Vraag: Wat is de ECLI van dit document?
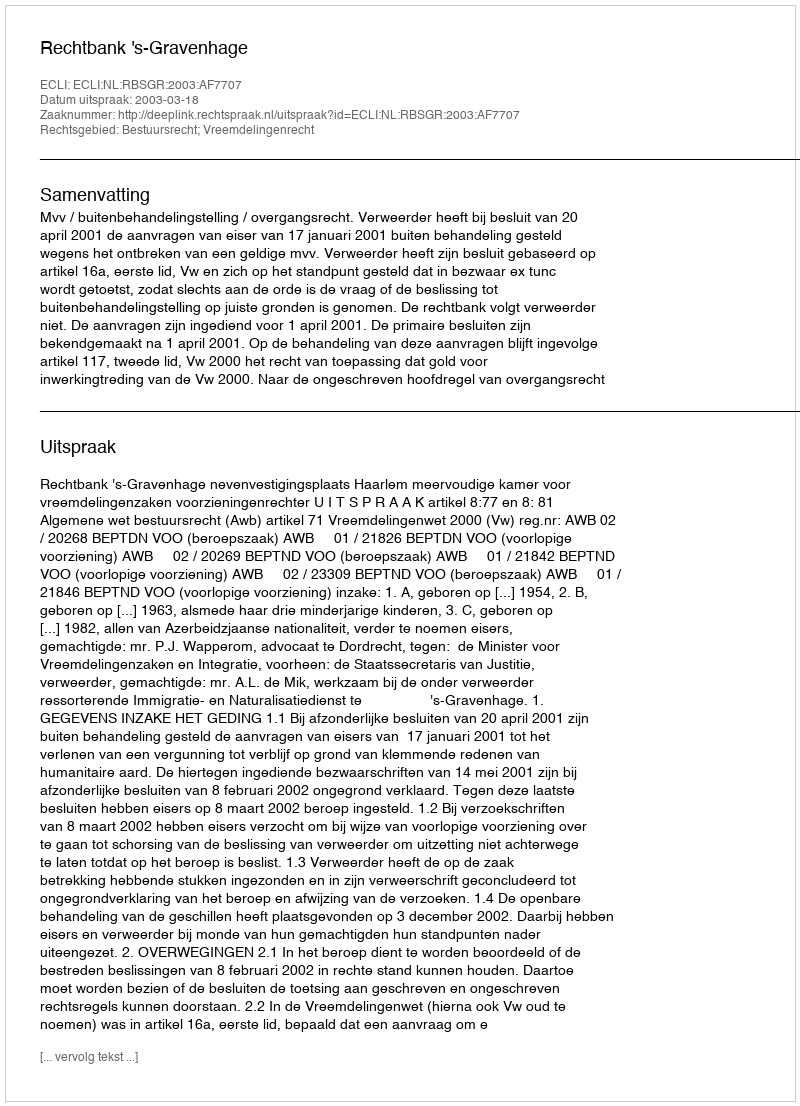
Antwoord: ECLI:NL:RBSGR:2003:AF7707